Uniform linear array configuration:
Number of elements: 8
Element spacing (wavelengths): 0.25
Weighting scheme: binomial
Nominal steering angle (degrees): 0
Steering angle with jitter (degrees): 1.88
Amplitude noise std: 0.05
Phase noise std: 0.05

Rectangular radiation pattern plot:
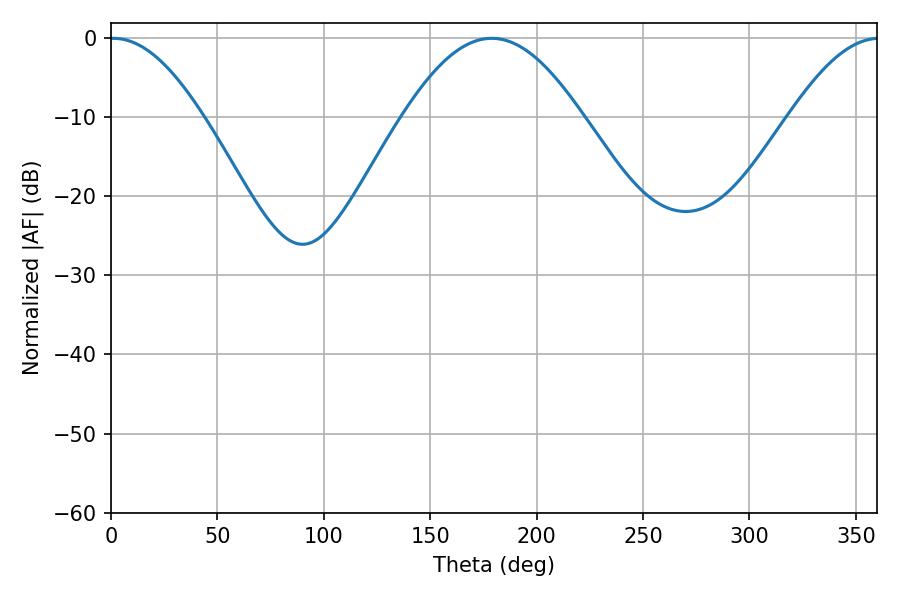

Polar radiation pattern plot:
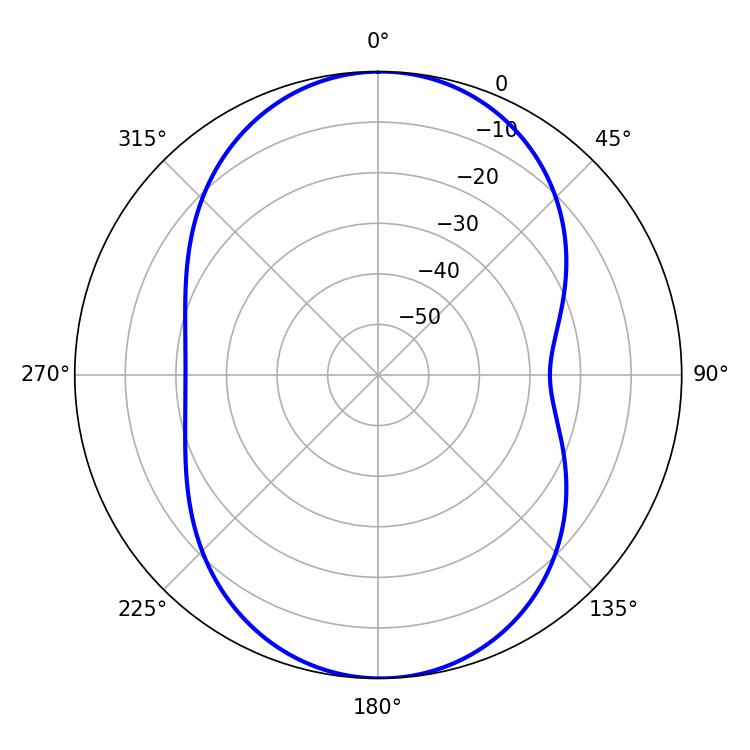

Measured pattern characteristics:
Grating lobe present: FALSE
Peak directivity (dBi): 20.431
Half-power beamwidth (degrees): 23.76
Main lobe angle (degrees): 1.08